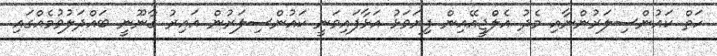
ހަތް ކައުންސިލަރުންނާއި މެދު އެލްޖީއޭއިން ފިޔަވަޅު އަޅާފައިވަނީ ކައުންސިލަރުން ޣައިރު ގާނޫނީ ބައްދަލުވުމެއްގައި